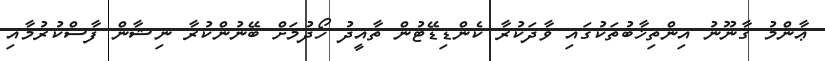
ޢާންމު ޤާނޫނު އިންތިޚާބުތަކުގައި ވާދަކުރާ ކެންޑިޑޭޓުން ތާއީދު ހޯދުމަށް ބޭނުންކުރާ ނިޝާން ފާސްކުރުމާއި